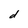
Character: d